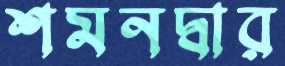
শমনদ্বার